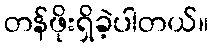
တန်ဖိုးရှိခဲ့ပါတယ်။